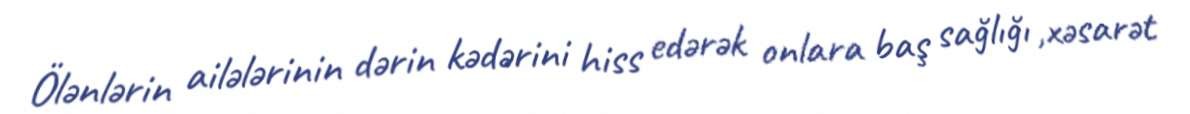
Ölənlərin ailələrinin dərin kədərini hiss edərək onlara baş sağlığı ,xəsarət